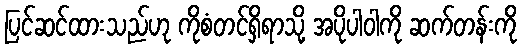
ပြင်ဆင်ထားသည်ဟု ကိုစံတင်ရှိရာသို့ အပိုပါဝါကို ဆက်တန်းကို